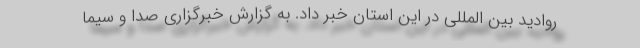
روادید بین المللی در این استان خبر داد. به گزارش خبرگزاری صدا و سیما